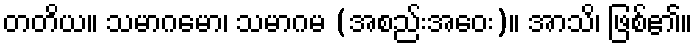
တတိယ။ သမာဂမော၊ သမာဂမ (အစည်းအဝေး)။ အာသိ၊ ဖြစ်၏။